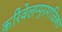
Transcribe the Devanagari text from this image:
करिवेलप्पुरमाळिका